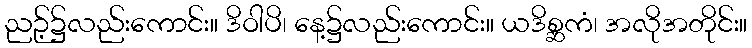
ညဉ့်၌လည်းကောင်း။ ဒိဝါပိ၊ နေ့၌လည်းကောင်း။ ယဒိစ္ဆကံ၊ အလိုအတိုင်း။